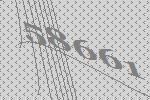
58661